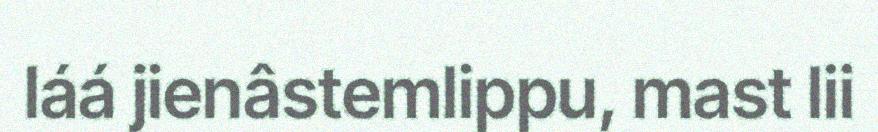
láá jienâstemlippu, mast lii